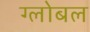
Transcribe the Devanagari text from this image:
ग्लोबल